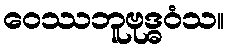
ဝေဿဘူဗုဒ္ဓဝံသ။